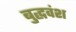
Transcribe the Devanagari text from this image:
बुद्धवंश